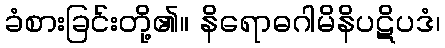
ခံစားခြင်းတို့၏။ နိရောဓဂါမိနိပဋိပဒံ၊